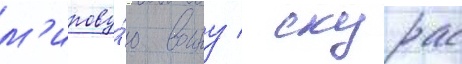
м'ирову́ю воину / скурас